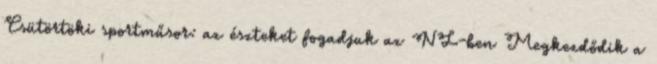
Csütörtöki sportműsor: az észteket fogadjuk az NL-ben Megkezdődik a